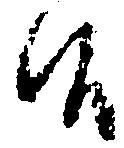
候